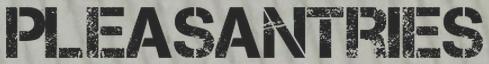
PLEASANTRIES